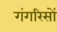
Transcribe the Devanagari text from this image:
गंगरिसों